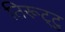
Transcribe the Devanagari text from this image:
तिरूट्टु